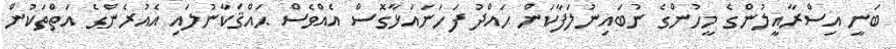
ބަނީ އިސްރާއީލުންގެ މީހުންގެ ނުބައިނުލަފާކަން ޙައްދު ފަހަނައަޅާގޮސް އެއްވެސް ޙައްޤަކާނުލައި އެއުރެންގެ އަތްތަކުން